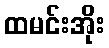
ထမင်းအိုး